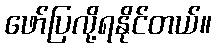
ဖော်ပြလို့ရနိုင်တယ်။